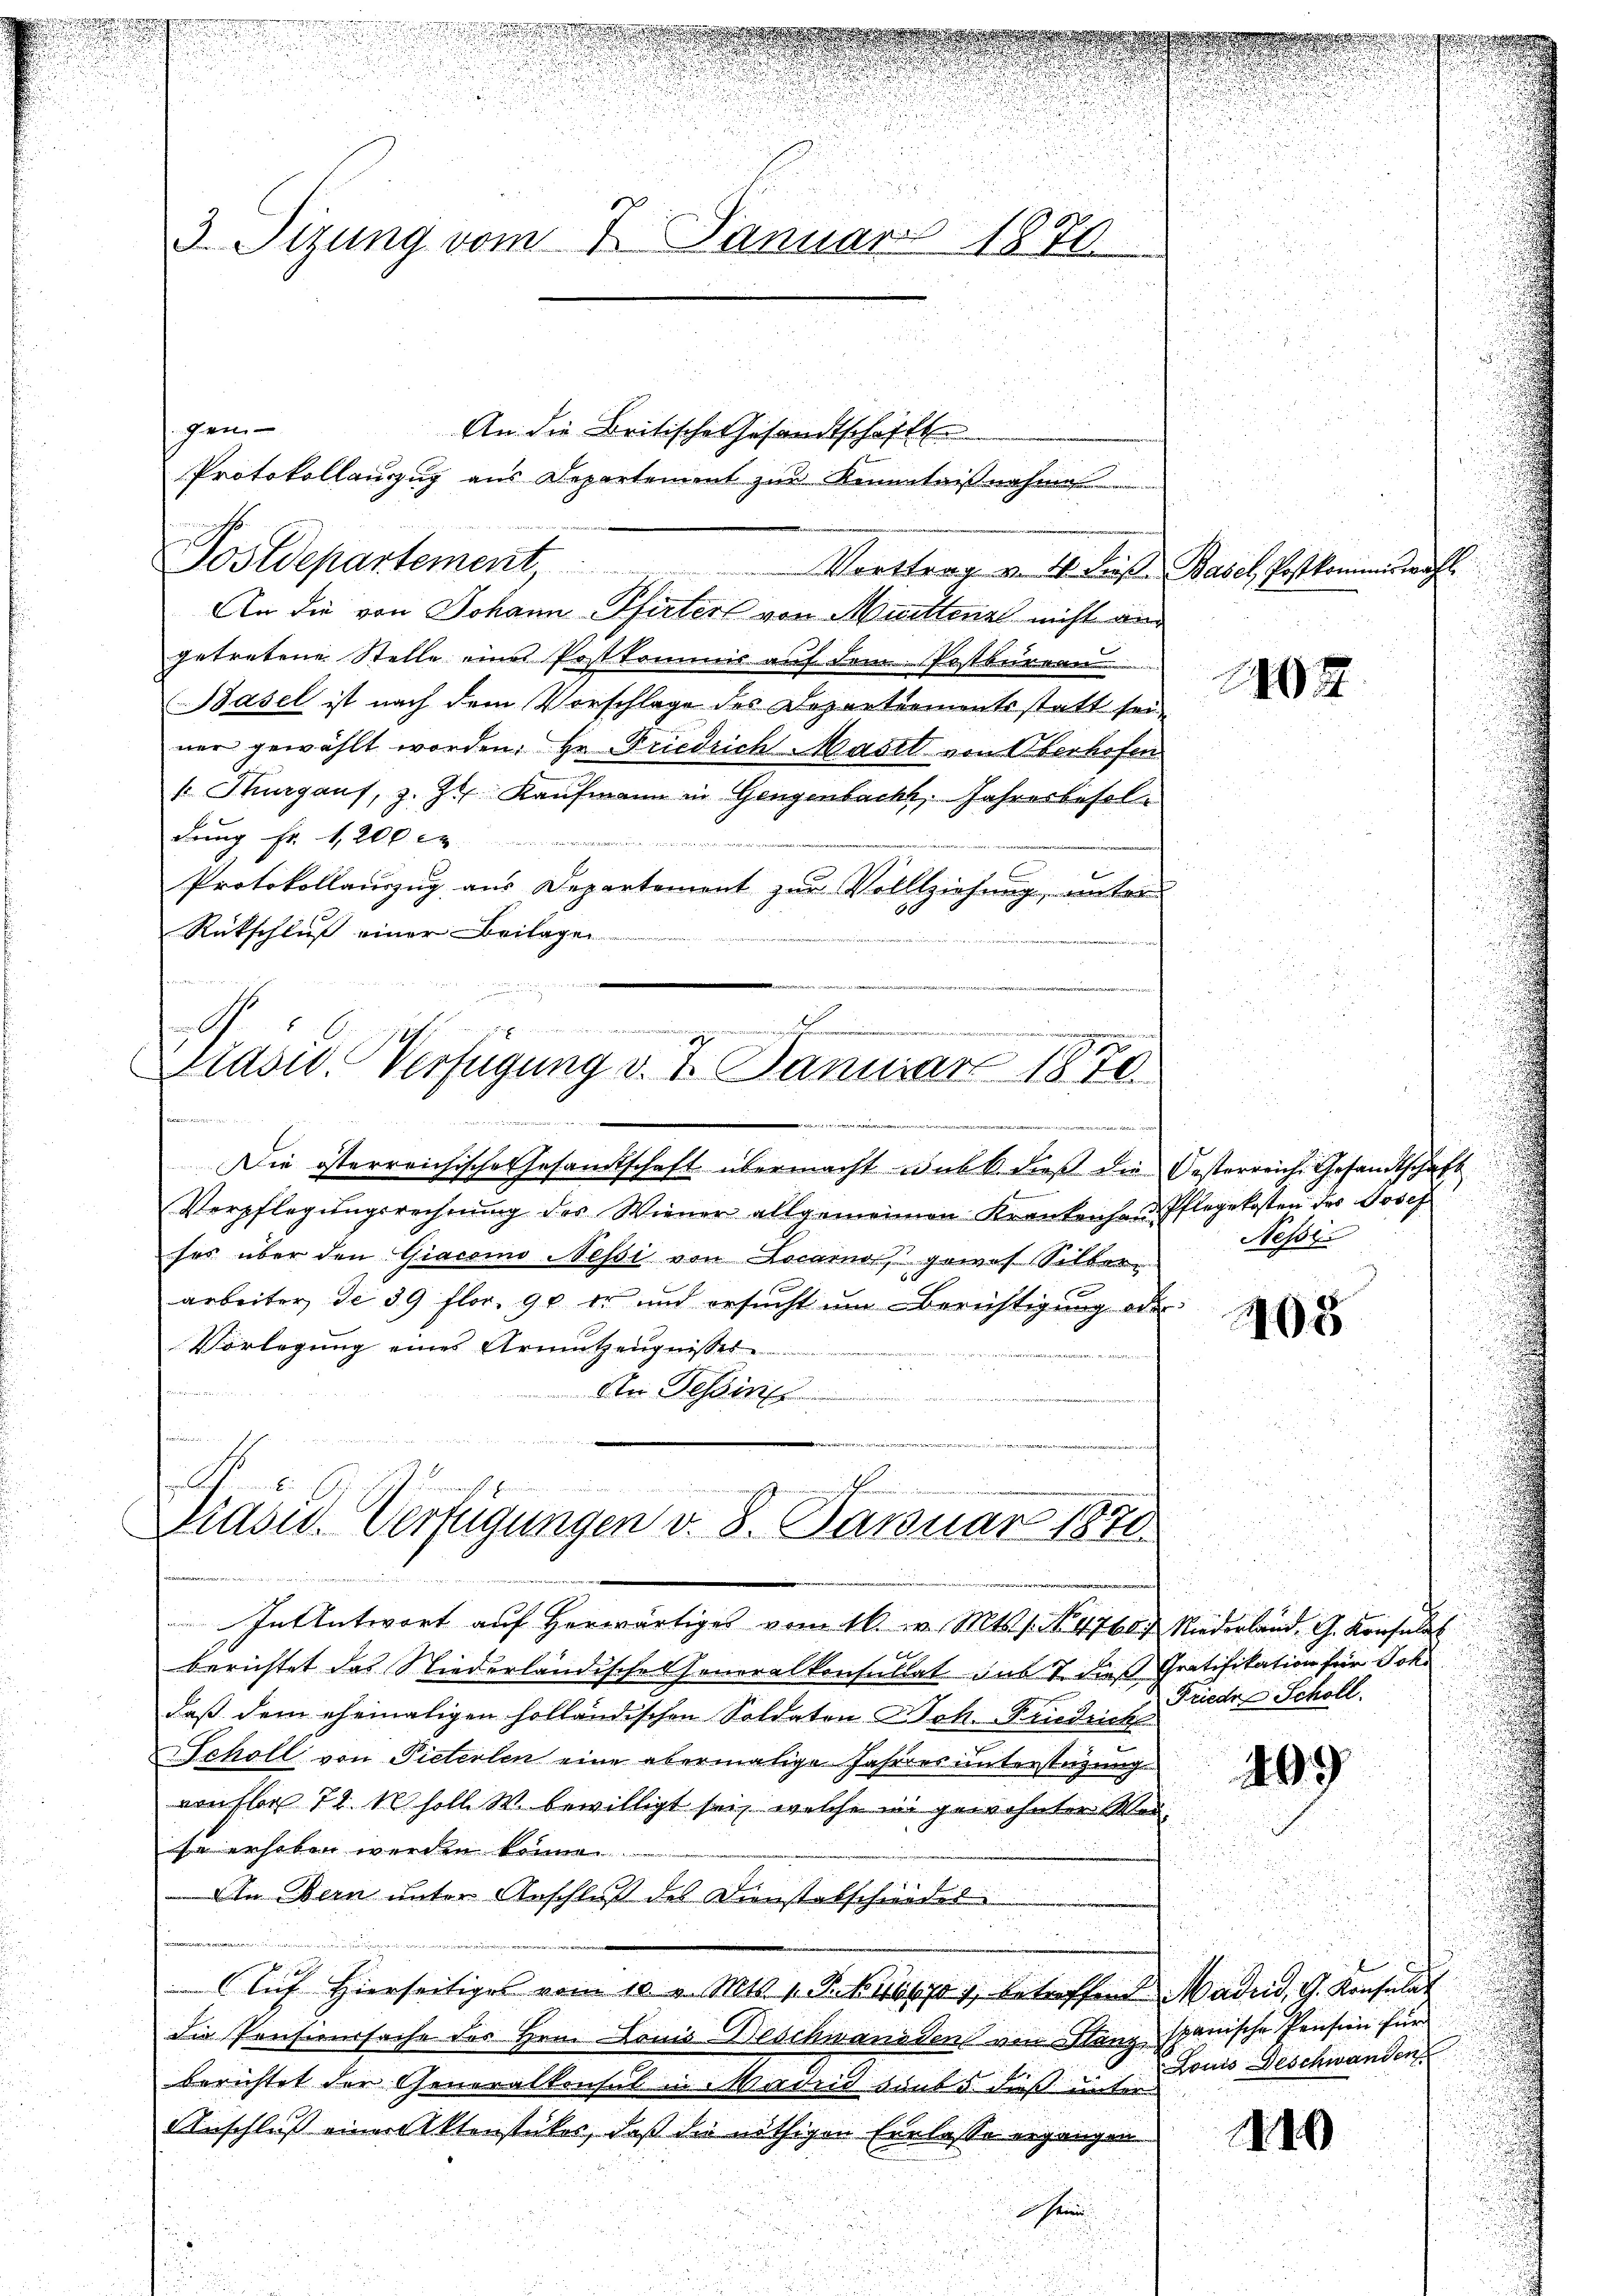
d

n
u
3.Sizung vom 7. Januar
1870
u

An die Britische Gesandtschaften
Protokollauszug aus Departement zur Kenntnißnahme
Postdepartement. Vorttrag v. 4. Frist. Basel, Postkommiswahl.
An die von Johann Pfirter von Muettenz nicht an
getretene Stelle eine Postkommnis auf dem Postbureau
Basel ist nach dem Vorschlage des Departiementsstatt sein
ner gewählt worden. Hr. Friedrich Mastt von Oberhofen
[Thurgauf, z. Zt. Kaufmann in Gengenbacht, Jahresbesoldung fr. 1200. e
Protokollauszug aus Departement zur Vollziehung, unter
Rückschluß einer Beilagen

shen

.

e
Lidon. Verfügung v. 4. Januar 1810.
t
s

Die österreichische Gesandtschaft übermacht unkk. dieß die Oesterreich Gesandtschaft
Verpflegŭngsrechnŭng des Wiener allgemeinen Krankenhand Pflegekosten des Josef
ses über den Giacoino Nessi von Locarno gewes Silber
arbeiter de 39 flor. 90 er und ersucht um Berichtigung oder
Vorlegung eines Armutzengnisses
An Tessin
e

A.
Präsid. Verfügungen v. 8. Januar 1870
u

In Antwort auf herwärtiges vom 16. v. Mts. s. No. 4760 f. Niederland. G. Konsul
berichtet das Niederländische Generalkonsultat und 7 dieß Gratifikation für Joh
daß dem ehemaligen holländischen Soldaten & Joh. Friedrich
Scholl von Pieterlen eine abermalige Jahres unterstüzung
von flog 72. 10 soll. W. bewilligt sei, welche in gewohnter Wersa erhoben werden können.
Ain Bern unter Anschluß des Distabschwadel
Auf hierseitiges vom 10. v. Mts. v. J. Bisub 1 betreffend Madrid, G. Konsulat
die Pensionssache des Hrn. Louis Beschwanden von Stanz spanische Pensin für
berichtet der Generalkonsul in Madrid sunt 5. dieß unter
Anschluß einer Aktenstükes, daß die nöthigen Erlasse ergangen
er

2102

u
Nessi

05

.
Friedr Scholl.

409

410

Louis Beschwanden